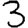
Digit: 3